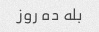
بله ده روز